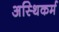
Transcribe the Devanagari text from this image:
अस्थिकर्म